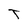
Character: T